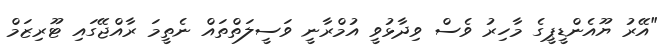
"އޭރު ޔޫއެންޑީޕީގެ މާހިރު ވެސް ވިދާޅުވީ އުމްރާނީ ވަސީލަތްތައް ނެތީމަ ރާއްޖޭގައި ޓޫރިޒަމް